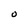
Character: O